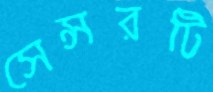
সেন্সরটি